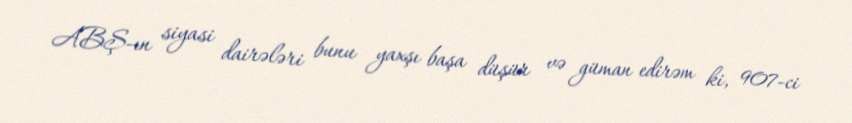
ABŞ-ın siyasi dairələri bunu yaxşı başa düşür və güman edirəm ki, 907-ci